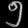
Digit: ၅